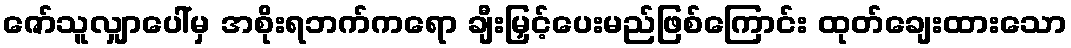
ဇော်သူလျှာပေါ်မှ အစိုးရဘက်ကရော ချီးမြှင့်ပေးမည်ဖြစ်ကြောင်း ထုတ်ချေးထားသော